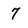
Character: 7